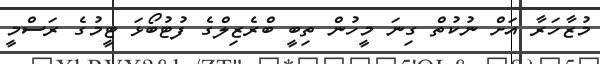
މުޒާހަރާ އަށް ނުކުތް ގިނަ މީހުން ތިބީ ބްރެޒިލްގެ ފުޓުބޯޅަ ޓީމުގެ ރަސްމީ